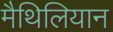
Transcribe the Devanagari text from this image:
मैथिलियान